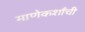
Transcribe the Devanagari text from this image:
माणेकशाँची